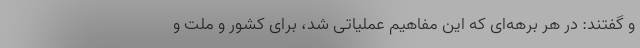
و گفتند: در هر برهه‌ای که این مفاهیم عملیاتی شد، برای کشور و ملت و